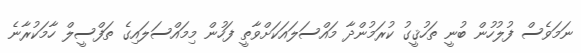
ނަމަވެސް ފުލުހުން ބުނީ ތަހުޤީގު ކުރަމުންދާ މައްސަލައަކަށްވާތީ ފަހުން މިމައްސަލައިގެ ތަފްސީލް ހާމަކުރާނެ